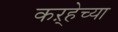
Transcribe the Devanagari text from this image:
कऱ्हेच्या